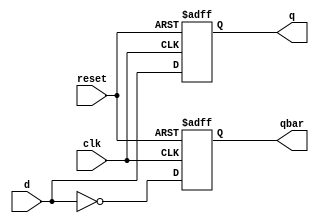
`timescale 1ns / 1ps
//////////////////////////////////////////////////////////////////////////////////
// Company: 		SJSU, CMPE 240 Fall 2015
// 
// Design Name: 	 D Flip-flop
// Module Name:    DflipFlop 
// Project Name: 	 Assignment Projects
// Target Devices: Simulation only
// Tool versions: 
// Description: 	 An N-bit D flip-flop
//
// Dependencies: 
//
// Revision: 
// Revision 0.01 - File Created
// Additional Comments: 
//
//////////////////////////////////////////////////////////////////////////////////
module DflipFlop
#(parameter BITWIDTH=1, PATH_DELAY=3)		// By default 1 bit flip-flop
(

	q,
	qbar,
	d,
	clk,
	reset

);


output reg [BITWIDTH-1:0] q;
output reg [BITWIDTH-1:0] qbar;
input	 [BITWIDTH-1:0] d;
input	 clk;
input  reset;

always@(posedge clk or posedge reset)		// Asynchronous reset
begin

	if( reset == 1'b1 )
	begin
		q <= #(PATH_DELAY) {BITWIDTH{1'b0}};
		qbar <= #(PATH_DELAY) {BITWIDTH{1'b1}};
	end
	else
	begin
		q <= #(PATH_DELAY) d;
		qbar <= #(PATH_DELAY) ~d;
	end
end

endmodule